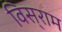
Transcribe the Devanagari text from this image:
विस्‌राम